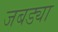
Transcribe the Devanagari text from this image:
जबड्या